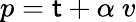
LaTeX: p=\mathsf{t}+\alpha\ v